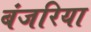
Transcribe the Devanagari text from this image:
बंजरिया